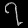
Digit: ၇